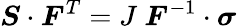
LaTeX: {\boldsymbol{S}}\cdot{\boldsymbol{F}}^{T}=J~{\boldsymbol{F}}^{-1}\cdot{\boldsymbol{\sigma}}